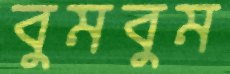
বুমবুম